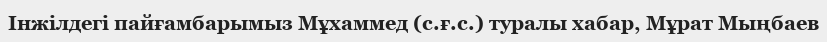
Інжілдегі пайғамбарымыз Мұхаммед (с.ғ.с.) туралы хабар, Мұрат Мыңбаев